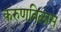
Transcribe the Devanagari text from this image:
करुणविलास